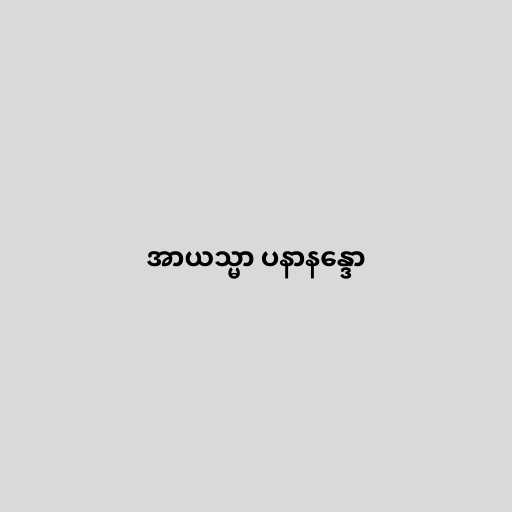
အာယသ္မာ ပနာနန္ဒော